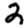
Digit: 2